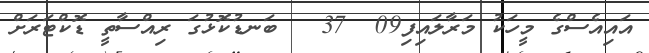
އައިއެސްގެ މީހަކު މަރާލައިފި09  37   ބަނޑުކޮޅުގަ ރިއްސާތީ ޑޮކްޓަރަށް